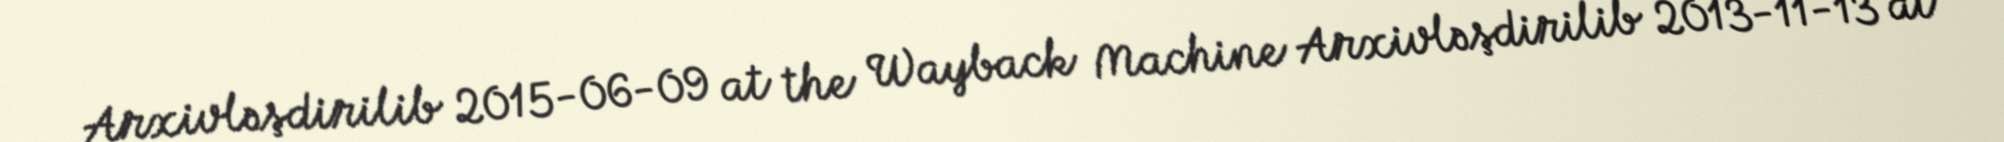
Arxivləşdirilib 2015-06-09 at the Wayback Machine Arxivləşdirilib 2013-11-13 at